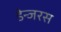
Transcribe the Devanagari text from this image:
डेन्जरस